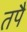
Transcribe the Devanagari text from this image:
तपै